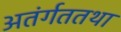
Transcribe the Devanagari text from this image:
अतंर्गततथा